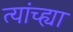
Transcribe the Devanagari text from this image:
त्यांच्ह्या